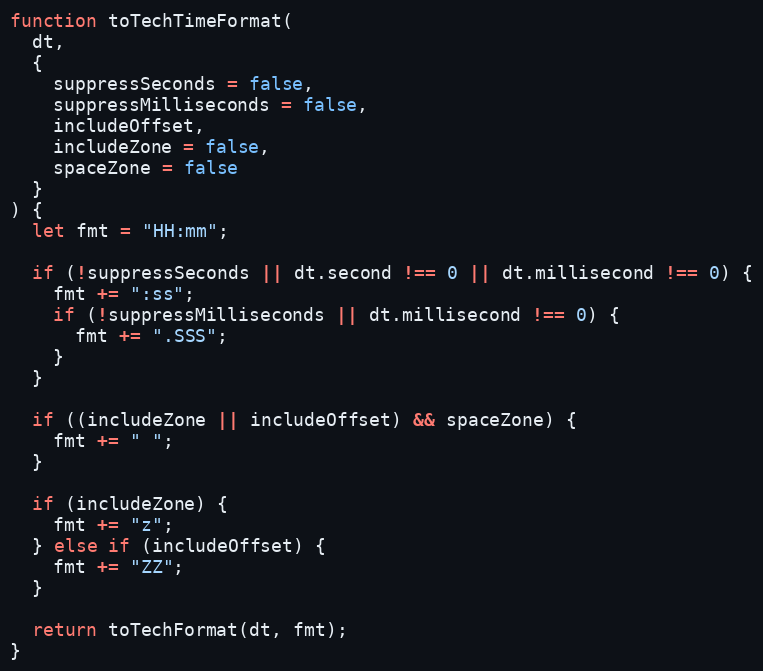
Language: JavaScript
function toTechTimeFormat(
  dt,
  {
    suppressSeconds = false,
    suppressMilliseconds = false,
    includeOffset,
    includeZone = false,
    spaceZone = false
  }
) {
  let fmt = "HH:mm";

  if (!suppressSeconds || dt.second !== 0 || dt.millisecond !== 0) {
    fmt += ":ss";
    if (!suppressMilliseconds || dt.millisecond !== 0) {
      fmt += ".SSS";
    }
  }

  if ((includeZone || includeOffset) && spaceZone) {
    fmt += " ";
  }

  if (includeZone) {
    fmt += "z";
  } else if (includeOffset) {
    fmt += "ZZ";
  }

  return toTechFormat(dt, fmt);
}